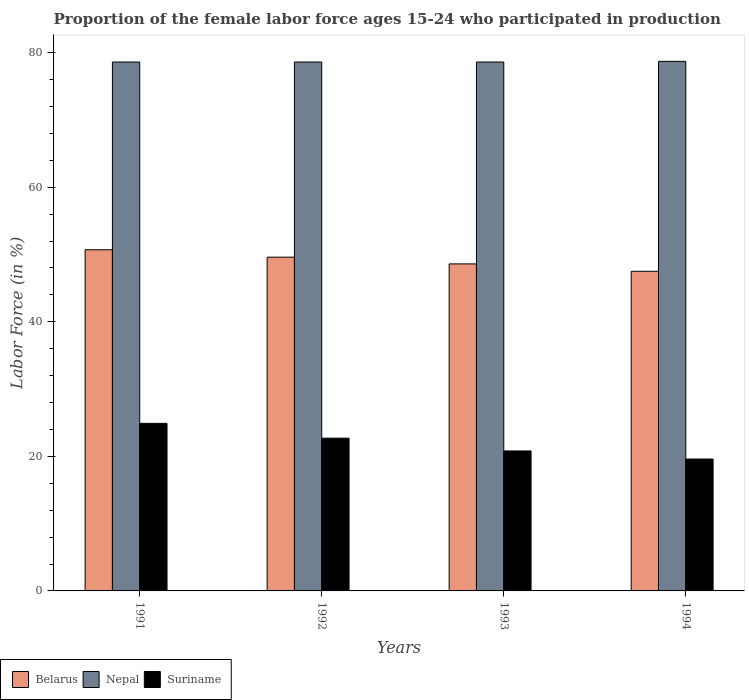
| Years | Belarus | Nepal | Suriname |
 | --- | --- | --- | --- |
 | 1991 | 50.7 | 78.6 | 24.9 |
 | 1992 | 49.6 | 78.6 | 22.7 |
 | 1993 | 48.6 | 78.6 | 20.8 |
 | 1994 | 47.5 | 78.7 | 19.6 |